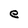
Character: e